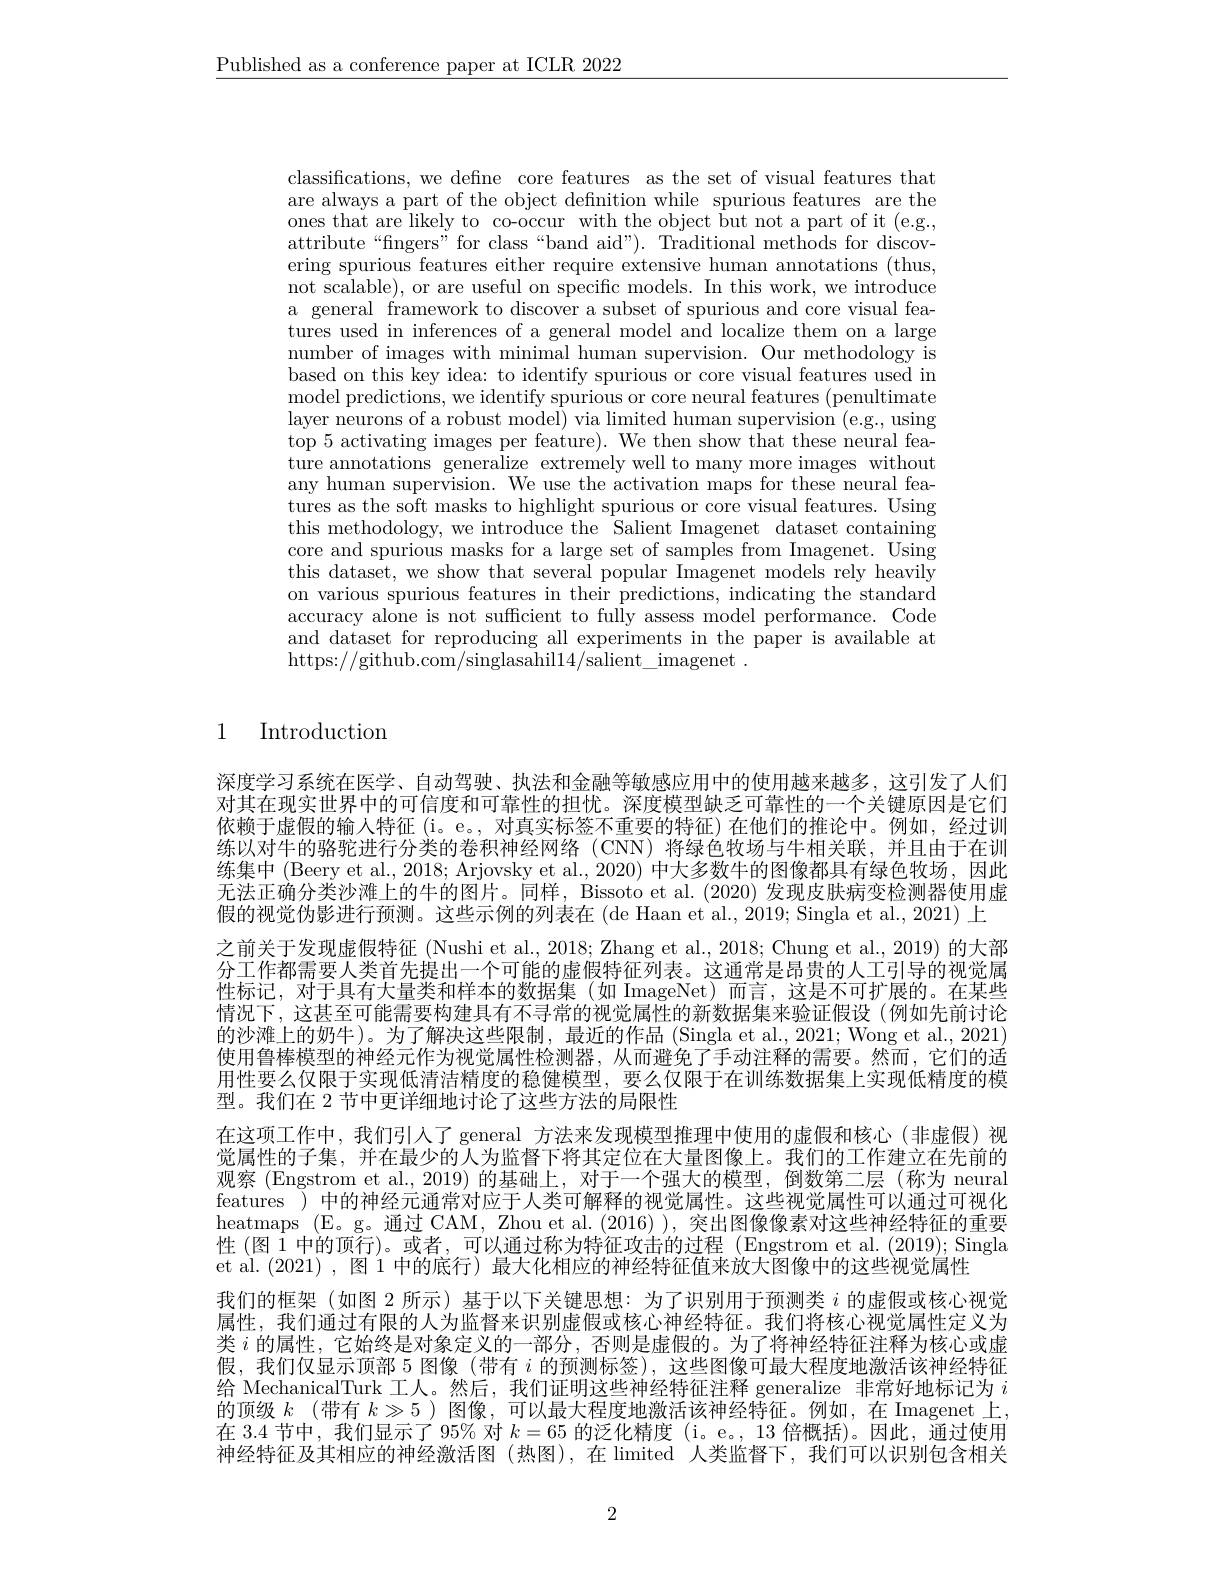
$\underline{\text{Published as a conference paper at ICLR 2022}}$

classifications, we define core features as the set of visual features that are always a part of the object definition while spurious features are the ones that are likely to co-occur with the object but not a part of it (e.g., attribute“fingers”for class“band aid”). Traditional methods for discovering spurious features either require extensive human annotations (thus, not scalable), or are useful on specific models. In this work, we introduce a general framework to discover a subset of spurious and core visual features used in inferences of a general model and localize them on a large number of images with minimal human supervision. Our methodology is based on this key idea: to identify spurious or core visual features used in model predictions, we identify spurious or core neural features ( penultimate layer neurons of a robust model) via limited human supervision (e.g., using top 5 activating images per feature). We then show that these neural fea- $\dot{\text{ture annotations generalize extremely well to many more images without}}$ any human supervision. We use the activation maps for these neural features as the soft masks to highlight spurious or core visual features. Using this methodology, we introduce the Salient Imagenet dataset containing core and spurious masks for a large set of samples from Imagenet. Using this dataset, we show that several popular Imagenet models rely heavily on various spurious features in their predictions, indicating the standard accuracy alone is not sufficient to fully assess model performance. Code and dataset for reproducing all experiments in the paper is available at https://github.com/singlasahil14/salient\_imagenet~.

1 Introduction

深度学习系统在医学、自动驾驶、执法和金融等敏感应用中的使用越来越多，这引发了人们对其在现实世界中的可信度和可靠性的担忧。深度模型缺乏可靠性的一个关键原因是它们依赖于虚假的输入特征 (i。e。, 对真实标签不重要的特征)在他们的推论中。例如，经过训练以对牛的骆驼进行分类的卷积神经网络 (CNN)将绿色牧场与牛相关联，并且由于在训练集中 (Beery et al., 2018; Arjovsky et al., 2020) 中大多数牛的图像都具有绿色牧场，因此无法正确分类沙滩上的牛的图片。同样，Bissoto et al.(2020) 发现皮肤病变检测器使用虚假的视觉伪影进行预测。这些示例的列表在 (de Haan et al., 2019; Singla et al., 2021) 上
之前关于发现虚假特征 (Nushi et al., 2018; Zhang et al., 2018; Chung et al., 2019) 的大部分工作都需要人类首先提出一个可能的虚假特征列表。这通常是昂贵的人工引导的视觉属性标记，对于具有大量类和样本的数据集(如 ImageNet)而言，这是不可扩展的。在某些情况下，这甚至可能需要构建具有不寻常的视觉属性的新数据集来验证假设(例如先前讨论的沙滩上的奶牛)。为了解决这些限制，最近的作品(Singla et al., 2021; Wong et al., 2021) 使用鲁棒模型的神经元作为视觉属性检测器，从而避免了手动注释的需要。然而，它们的适用性要么仅限于实现低清洁精度的稳健模型，要么仅限于在训练数据集上实现低精度的模型。我们在 2 节中更详细地讨论了这些方法的局限性
在这项工作中，我们引人了 general 方法来发现模型推理中使用的虚假和核心 (非虚假)视觉属性的子集，并在最少的人为监督下将其定位在大量图像上。我们的工作建立在先前的观察 (Engstrom et al.,2019)的基础上，对于一个强大的模型，倒数第二层(称为 neural features ) 中的神经元通常对应于人类可解释的视觉属性。这些视觉属性可以通过可视化heatmaps (E。g。通过 CAM, Zhou et al. (2016) ),突出图像像素对这些神经特征的重要性(图$\hat{1}$中的顶行)。或者，可以通过称为特征攻击的过程 (Engstrom et al. (2019); Singla et al.(2021) ,图 1 中的底行) 最大化相应的神经特征值来放大图像中的这些视觉属性
我们的框架 (如图 2 所示) 基于以下关键思想：为了识别用于预测类$i$的虚假或核心视觉属性，我们通过有限的人为监督来识别虚假或核心神经特征。我们将核心视觉属性定义为类$i$的属性，它始终是对象定义的一部分，否则是虚假的。为了将神经特征注释为核心或虚假，我们仅显示顶部 5 图像 (带有$i$的预测标签),这些图像可最大程度地激活该神经特征给 MechanicalTurk 工人。然后，我们证明这些神经特征注释 generalize 非常好地标记为$i$ 的顶级 $k$ (带有 $k\gg5$ )图像，可以最大程度地激活该神经特征。例如，在 Imagenet 上， 在 3.4 节中，我们显示了 95% 对$k=65$的泛化精度 (i。e。, 13 倍概括)。因此，通过使用神经特征及其相应的神经激活图(热图),在 limited 人类监督下，我们可以识别包含相关

2